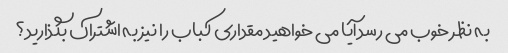
به نظر خوب می رسد آیا می خواهید مقداری کباب را نیز به اشتراک بگذارید؟